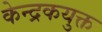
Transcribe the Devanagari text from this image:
केन्द्रकयुक्त